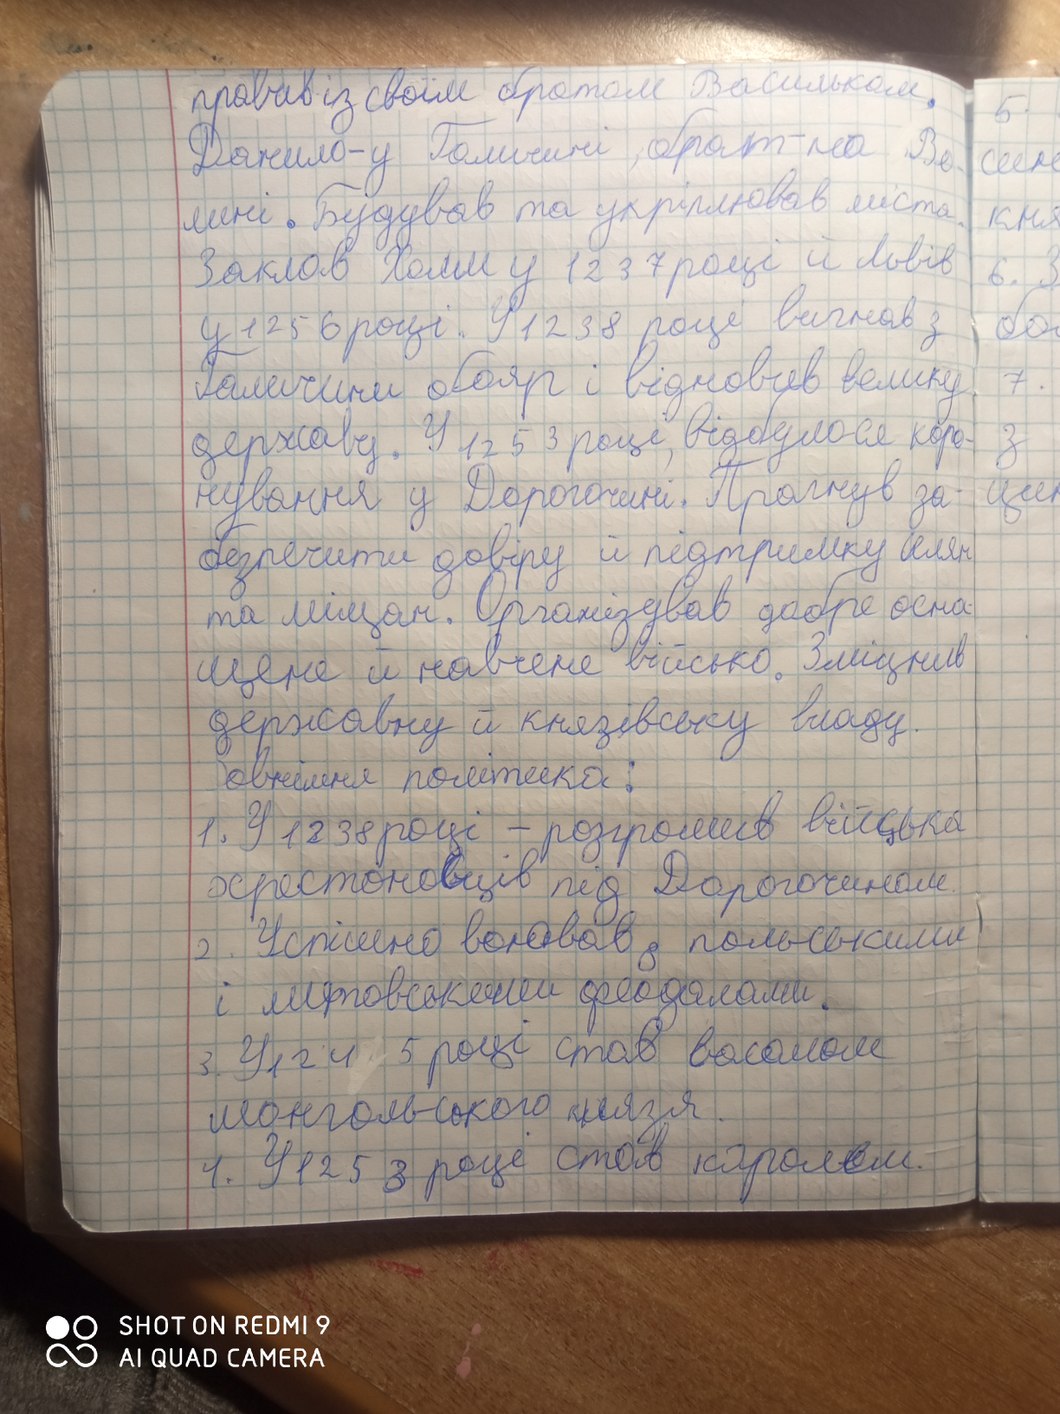
правив із своїм братом Васильком.
5.
Данило - у Галичині, брат - на Во
син
мені. Будував та укріплював міста.
кня
Заклав Холм у 1237 році й Львів
6.З
у 1256 році. У 1238 році вигнав з
бос
Галичини бояр і відновив велику
7.
державу. У 1253 році відбулося коро-
з
нування у Дорогочині. Прагнув за-
цин
безпечити довіру й підтримку селян
та міщам. Організував добре осна-
щене й навчене військо. Зміцнив
державну й князівську владу.
Зовнішня політика:
1. У 1238 році - розгромив війська
хрестоносців під Дорогочином.
2. Успішно воював з польськими
і литовськими феодалами.
3. У 1245 році став васалом
монгольского князя.
4. У 1253 році став королем.